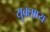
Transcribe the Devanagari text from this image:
युक्ताप्य